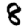
Digit: 8